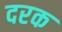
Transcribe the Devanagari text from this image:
दरक